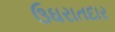
ઉઘરાતદાર